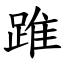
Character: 踓